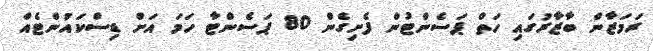
ރަމަޒާން ބާޒާރުގައި ހަތް ޕަސެންޓުން ފެށިގެން 80 ޕަސެންޓާ ހަމަ އަށް ޑިސްކައުންޓެއް